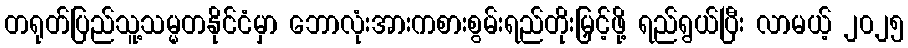
တရုတ်ပြည်သူ့သမ္မတနိုင်ငံမှာ ဘောလုံးအားကစားစွမ်းရည်တိုးမြှင့်ဖို့ ရည်ရွယ်ပြီး လာမယ့် ၂၀၂၅